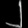
Digit: ၂